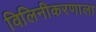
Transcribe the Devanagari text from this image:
विलिनीकरणाला